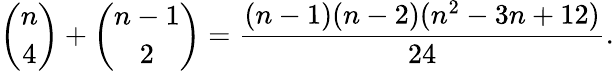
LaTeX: {\binom{n}{4}}+{\binom{n-1}{2}}={\frac{(n-1)(n-2)(n^{2}-3n+12)}{24}}.